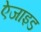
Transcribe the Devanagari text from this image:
ऐजाइड